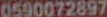
0590072897